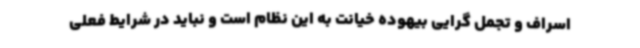
اسراف و تجمل گرایی بیهوده خیانت به این نظام است و نباید در شرایط فعلی